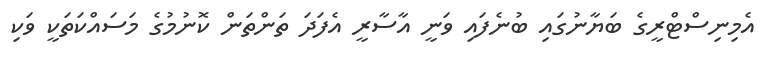
އެމިނިސްޓްރީގެ ބަޔާނުގައި ބުނެފައި ވަނީ އާސާރީ އެފަދަ ތަންތަން ކޮނުމުގެ މަސައްކަތަކީ ވަކި